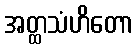
အတ္ထသံဟိတော